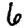
Digit: 6